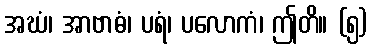
အဃံ၊ အာဗာဓံ၊ ပရံ၊ ပလောကံ၊ ဤတိ။ (၅)